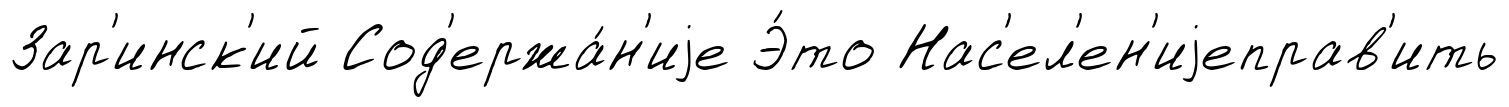
Зар'инск'ий Сод'ержа́н'иjе Э́то Нас'ел'ен'иjеправ'ить